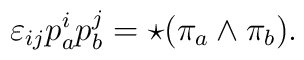
\varepsilon_{ij}p^i_a p^j_b =  \star(\pi_a \wedge \pi_b).